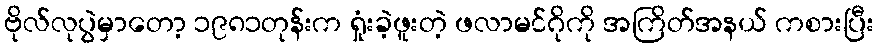
ဗိုလ်လုပွဲမှာတော့ ၁၉၈၁တုန်းက ရှုံးခဲ့ဖူးတဲ့ ဖလာမင်ဂိုကို အကြိတ်အနယ် ကစားပြီး